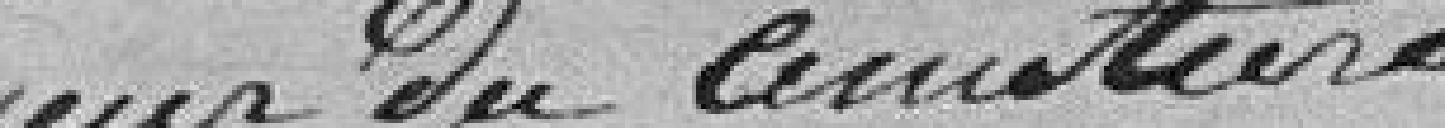
fossoyeur du cimetière